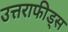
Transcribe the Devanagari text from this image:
उत्तराफीड्स